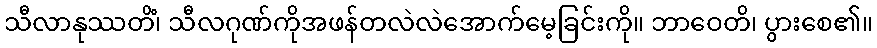
သီလာနုဿတိံ၊ သီလဂုဏ်ကိုအဖန်တလဲလဲအောက်မေ့ခြင်းကို။ ဘာဝေတိ၊ ပွားစေ၏။